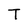
Character: T